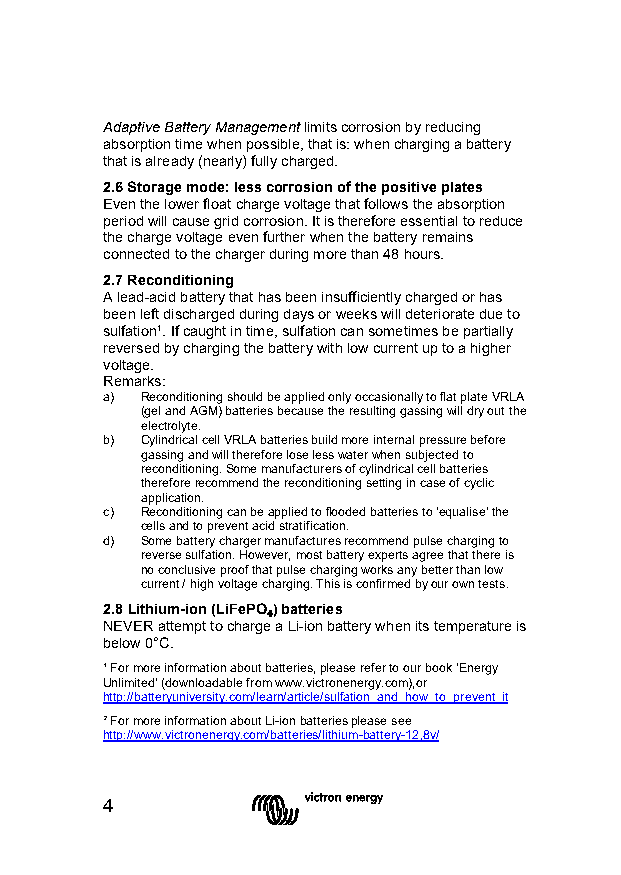
Adaptive Battery Management limits corrosion by reducing
 absorption time when possible, that is: when charging a battery
 that is already (nearly) fully charged.
 2.6 Storage mode: less corrosion of the positive plates
 Even the lower float charge voltage that follows the absorption
 period will cause grid corrosion. It is therefore essential to reduce
 the charge voltage even further when the battery remains
 connected to the charger during more than 48 hours.
 2.7 Reconditioning
 A lead-acid battery that has been insufficiently charged or has
 been left discharged during days or weeks will deteriorate due to
 sulfation¹. If caught in time, sulfation can sometimes be partially
 reversed by charging the battery with low current up to a higher
 voltage.
 Remarks:
 a) Reconditioning should be applied only occasionally to flat plate VRLA
 (gel and AGM) batteries because the resulting gassing will dry out the
 electrolyte.
 b) Cylindrical cell VRLA batteries build more internal pressure before
 gassing and will therefore lose less water when subjected to
 reconditioning. Some manufacturers of cylindrical cell batteries
 therefore recommend the reconditioning setting in case of cyclic
 application.
 c) Reconditioning can be applied to flooded batteries to ‘equalise’ the
 cells and to prevent acid stratification.
 d) Some battery charger manufactures recommend pulse charging to
 reverse sulfation. However, most battery experts agree that there is
 no conclusive proof that pulse charging works any better than low
 current / high voltage charging. This is confirmed by our own tests.
 2.8 Lithium-ion (LiFePO) batteries
 NEVER attempt to charge a Li-ion battery when its temperature is
 below 0°C. ₄
 ¹ For more information about batteries, please refer to our book ‘Energy
 Unlimited’ (downloadable from www.victronenergy.com),or
 http://batteryuniversity.com/learn/article/sulfation_and_how_to_prevent_it
 ² For more information about Li-ion batteries please see
 http://www.victronenergy.com/batteries/lithium-battery-12,8v/
 4